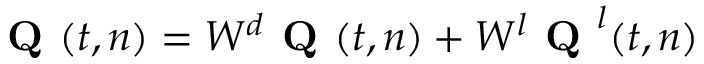
\textbf { Q } ( t , n ) = W ^ { d } \textbf { Q } ( t , n ) + W ^ { l } \textbf { Q } ^ { l } ( t , n )